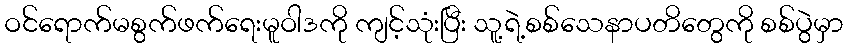
ဝင်ရောက်မစွက်ဖက်ရေးမူဝါဒကို ကျင့်သုံးပြီး သူ့ရဲ့စစ်သေနာပတိတွေကို စစ်ပွဲမှာ